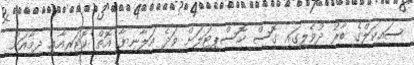
ސައިކަލްގެ ބާރު ދުވެލީގައި ގޮސް ހޮސްޕިޓަލަށް ވަދެ އަލާނިޔާ އޮތް ކޮޓަރިއާއި ދިމާއަށް